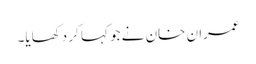
عمران خان نے جو کہا کر دکھایا۔